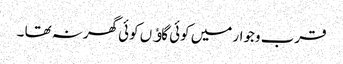
قرب وجوار میں کوئی گاﺅں کوئی گھرنہ تھا ۔